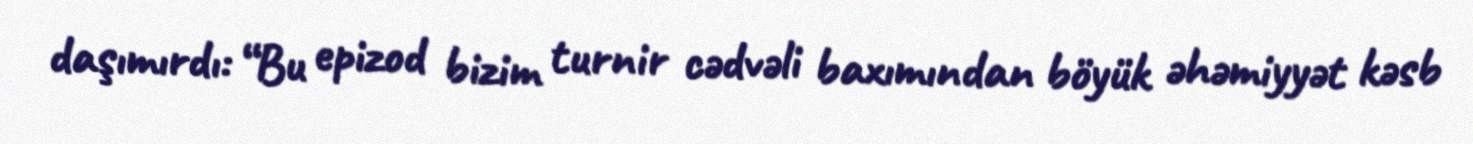
daşımırdı: “Bu epizod bizim turnir cədvəli baxımından böyük əhəmiyyət kəsb